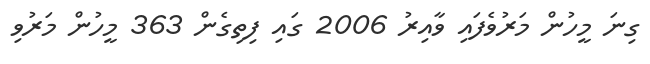
ގިނަ މީހުން މަރުވެފައި ވާއިރު 2006 ގައި ފިތިގެން 363 މީހުން މަރުވި